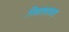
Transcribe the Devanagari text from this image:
निवारण्यास